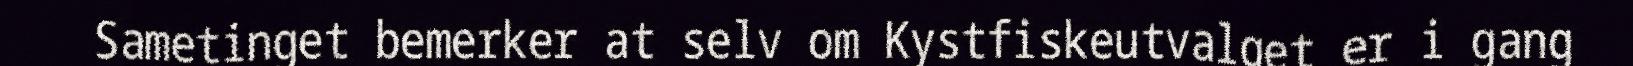
Sametinget bemerker at selv om Kystfiskeutvalget er i gang